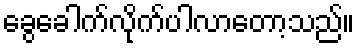
ခွေခေါက်လိုက်ပါလာတော့သည်။